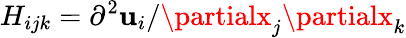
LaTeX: H_{ijk}=\partial^{2}\mathbf{u}_{i}/\partialx_{j}\partialx_{k}